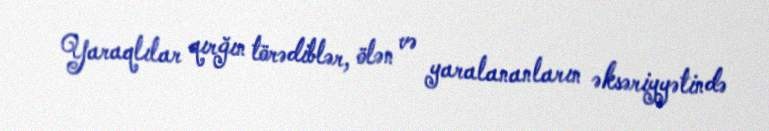
Yaraqlılar qırğın törədiblər, ölən və yaralananların əksəriyyətində